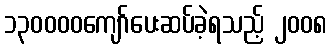
၁၃၀၀၀၀ကျော်ပေးဆပ်ခဲ့ရသည့် ၂၀၀၈